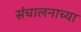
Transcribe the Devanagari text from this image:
संचालनाच्या